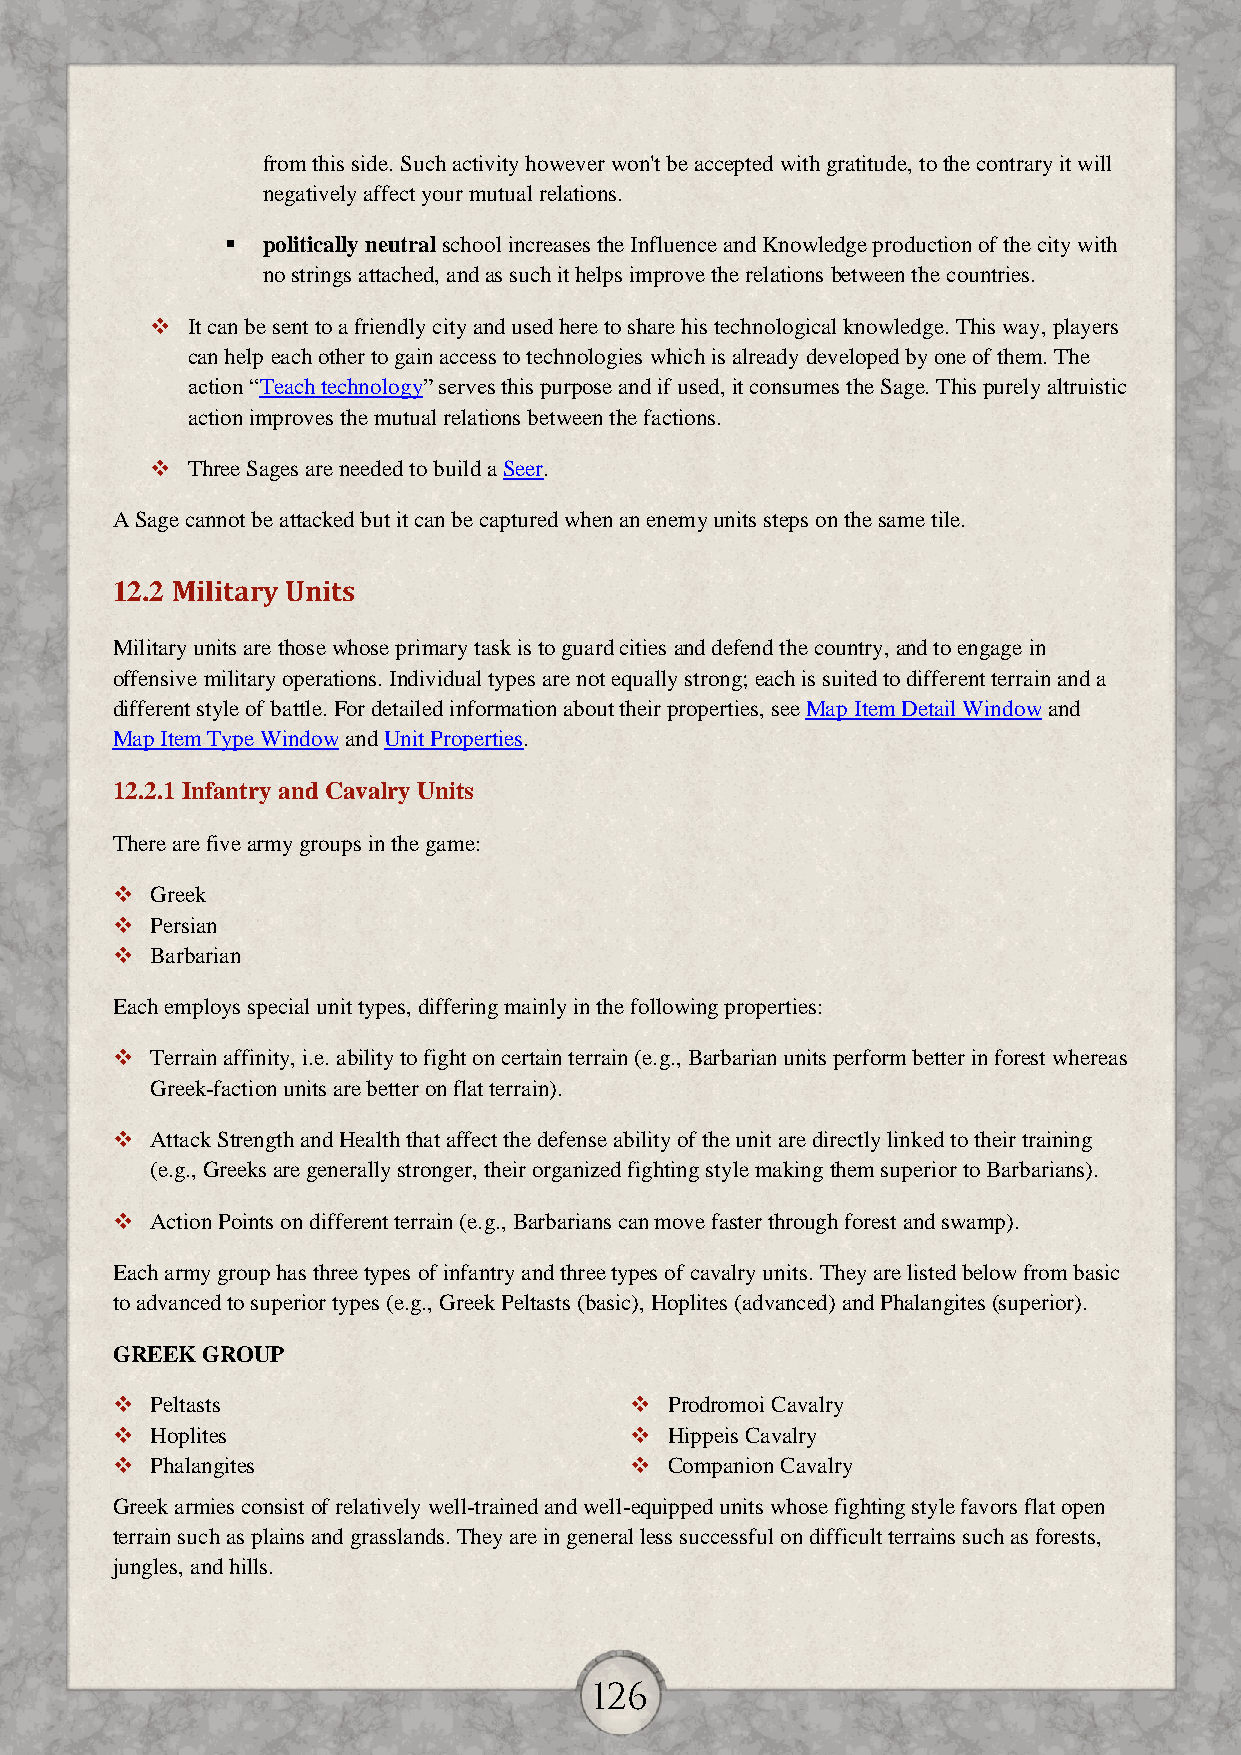
from this side. Such activity however won't be accepted with gratitude, to the contrary it will
 negatively affect your mutual relations.
  politically neutral school increases the Influence and Knowledge production of the city with
 no strings attached, and as such it helps improve the relations between the countries.
  It can be sent to a friendly city and used here to share his technological knowledge. This way, players
 can help each other to gain access to technologies which is already developed by one of them. The
 action “Teach technology” serves this purpose and if used, it consumes the Sage. This purely altruistic
 action improves the mutual relations between the factions.
  Three Sages are needed to build a Seer.
 A Sage cannot be attacked but it can be captured when an enemy units steps on the same tile.
 12.2 Military Units
 Military units are those whose primary task is to guard cities and defend the country, and to engage in
 offensive military operations. Individual types are not equally strong; each is suited to different terrain and a
 different style of battle. For detailed information about their properties, see Map Item Detail Window and
 Map Item Type Window and Unit Properties.
 12.2.1 Infantry and Cavalry Units
 There are five army groups in the game:
   Greek
   Persian
   Barbarian
 Each employs special unit types, differing mainly in the following properties:
   Terrain affinity, i.e. ability to fight on certain terrain (e.g., Barbarian units perform better in forest whereas
 Greek-faction units are better on flat terrain).
   Attack Strength and Health that affect the defense ability of the unit are directly linked to their training
 (e.g., Greeks are generally stronger, their organized fighting style making them superior to Barbarians).
   Action Points on different terrain (e.g., Barbarians can move faster through forest and swamp).
 Each army group has three types of infantry and three types of cavalry units. They are listed below from basic
 to advanced to superior types (e.g., Greek Peltasts (basic), Hoplites (advanced) and Phalangites (superior).
 GREEK GROUP
   Peltasts                         Prodromoi Cavalry
   Hoplites                         Hippeis Cavalry
   Phalangites                      Companion Cavalry
 Greek armies consist of relatively well-trained and well-equipped units whose fighting style favors flat open
 terrain such as plains and grasslands. They are in general less successful on difficult terrains such as forests,
 jungles, and hills.
 126